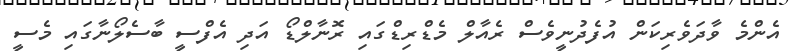
އެންމެ ވާދަވެރިކަން އުފެދުނީވެސް ރެއާލް މެޑްރިޑްގައި ރޮނާލްޑޯ އަދި އެފްސީ ބާސެލޯނާގައި މެސީ